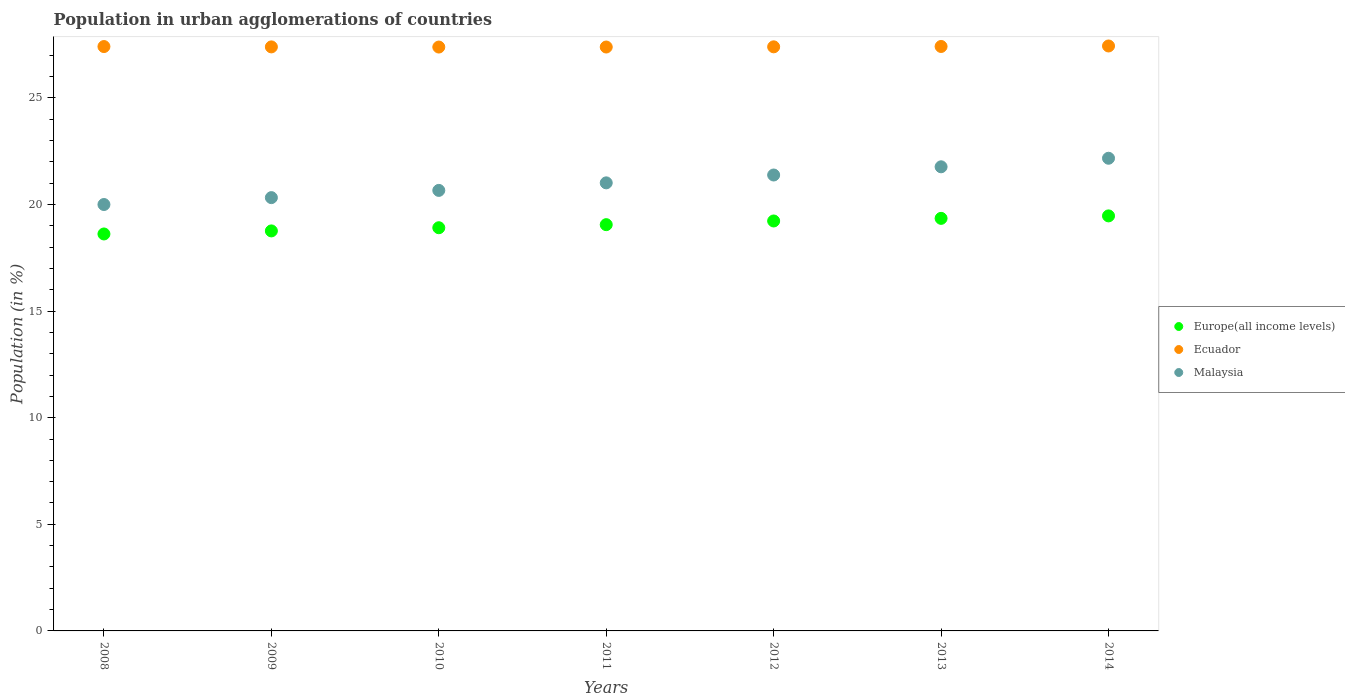
| Years | Europe(all income levels) | Ecuador | Malaysia |
 | --- | --- | --- | --- |
 | 2008 | 18.6 | 27.4 | 20 |
 | 2009 | 18.8 | 27.4 | 20.3 |
 | 2010 | 18.9 | 27.4 | 20.7 |
 | 2011 | 19.1 | 27.4 | 21 |
 | 2012 | 19.2 | 27.4 | 21.4 |
 | 2013 | 19.4 | 27.4 | 21.8 |
 | 2014 | 19.5 | 27.4 | 22.2 |